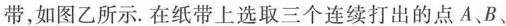
带，如图乙所示。在纸带上选取三个连续打出的点A、B、